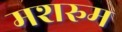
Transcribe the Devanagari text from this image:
मशरुम